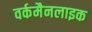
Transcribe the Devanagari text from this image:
वर्कमैनलाइक